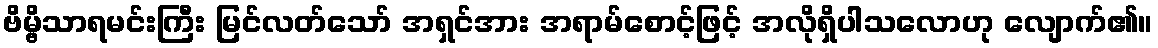
ဗိမ္ဗိသာရမင်းကြီး မြင်လတ်သော် အရှင်အား အရာမ်စောင့်ဖြင့် အလိုရှိပါသလောဟု လျောက်၏။